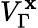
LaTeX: V_{\Gamma}^{\mathbf{x}}